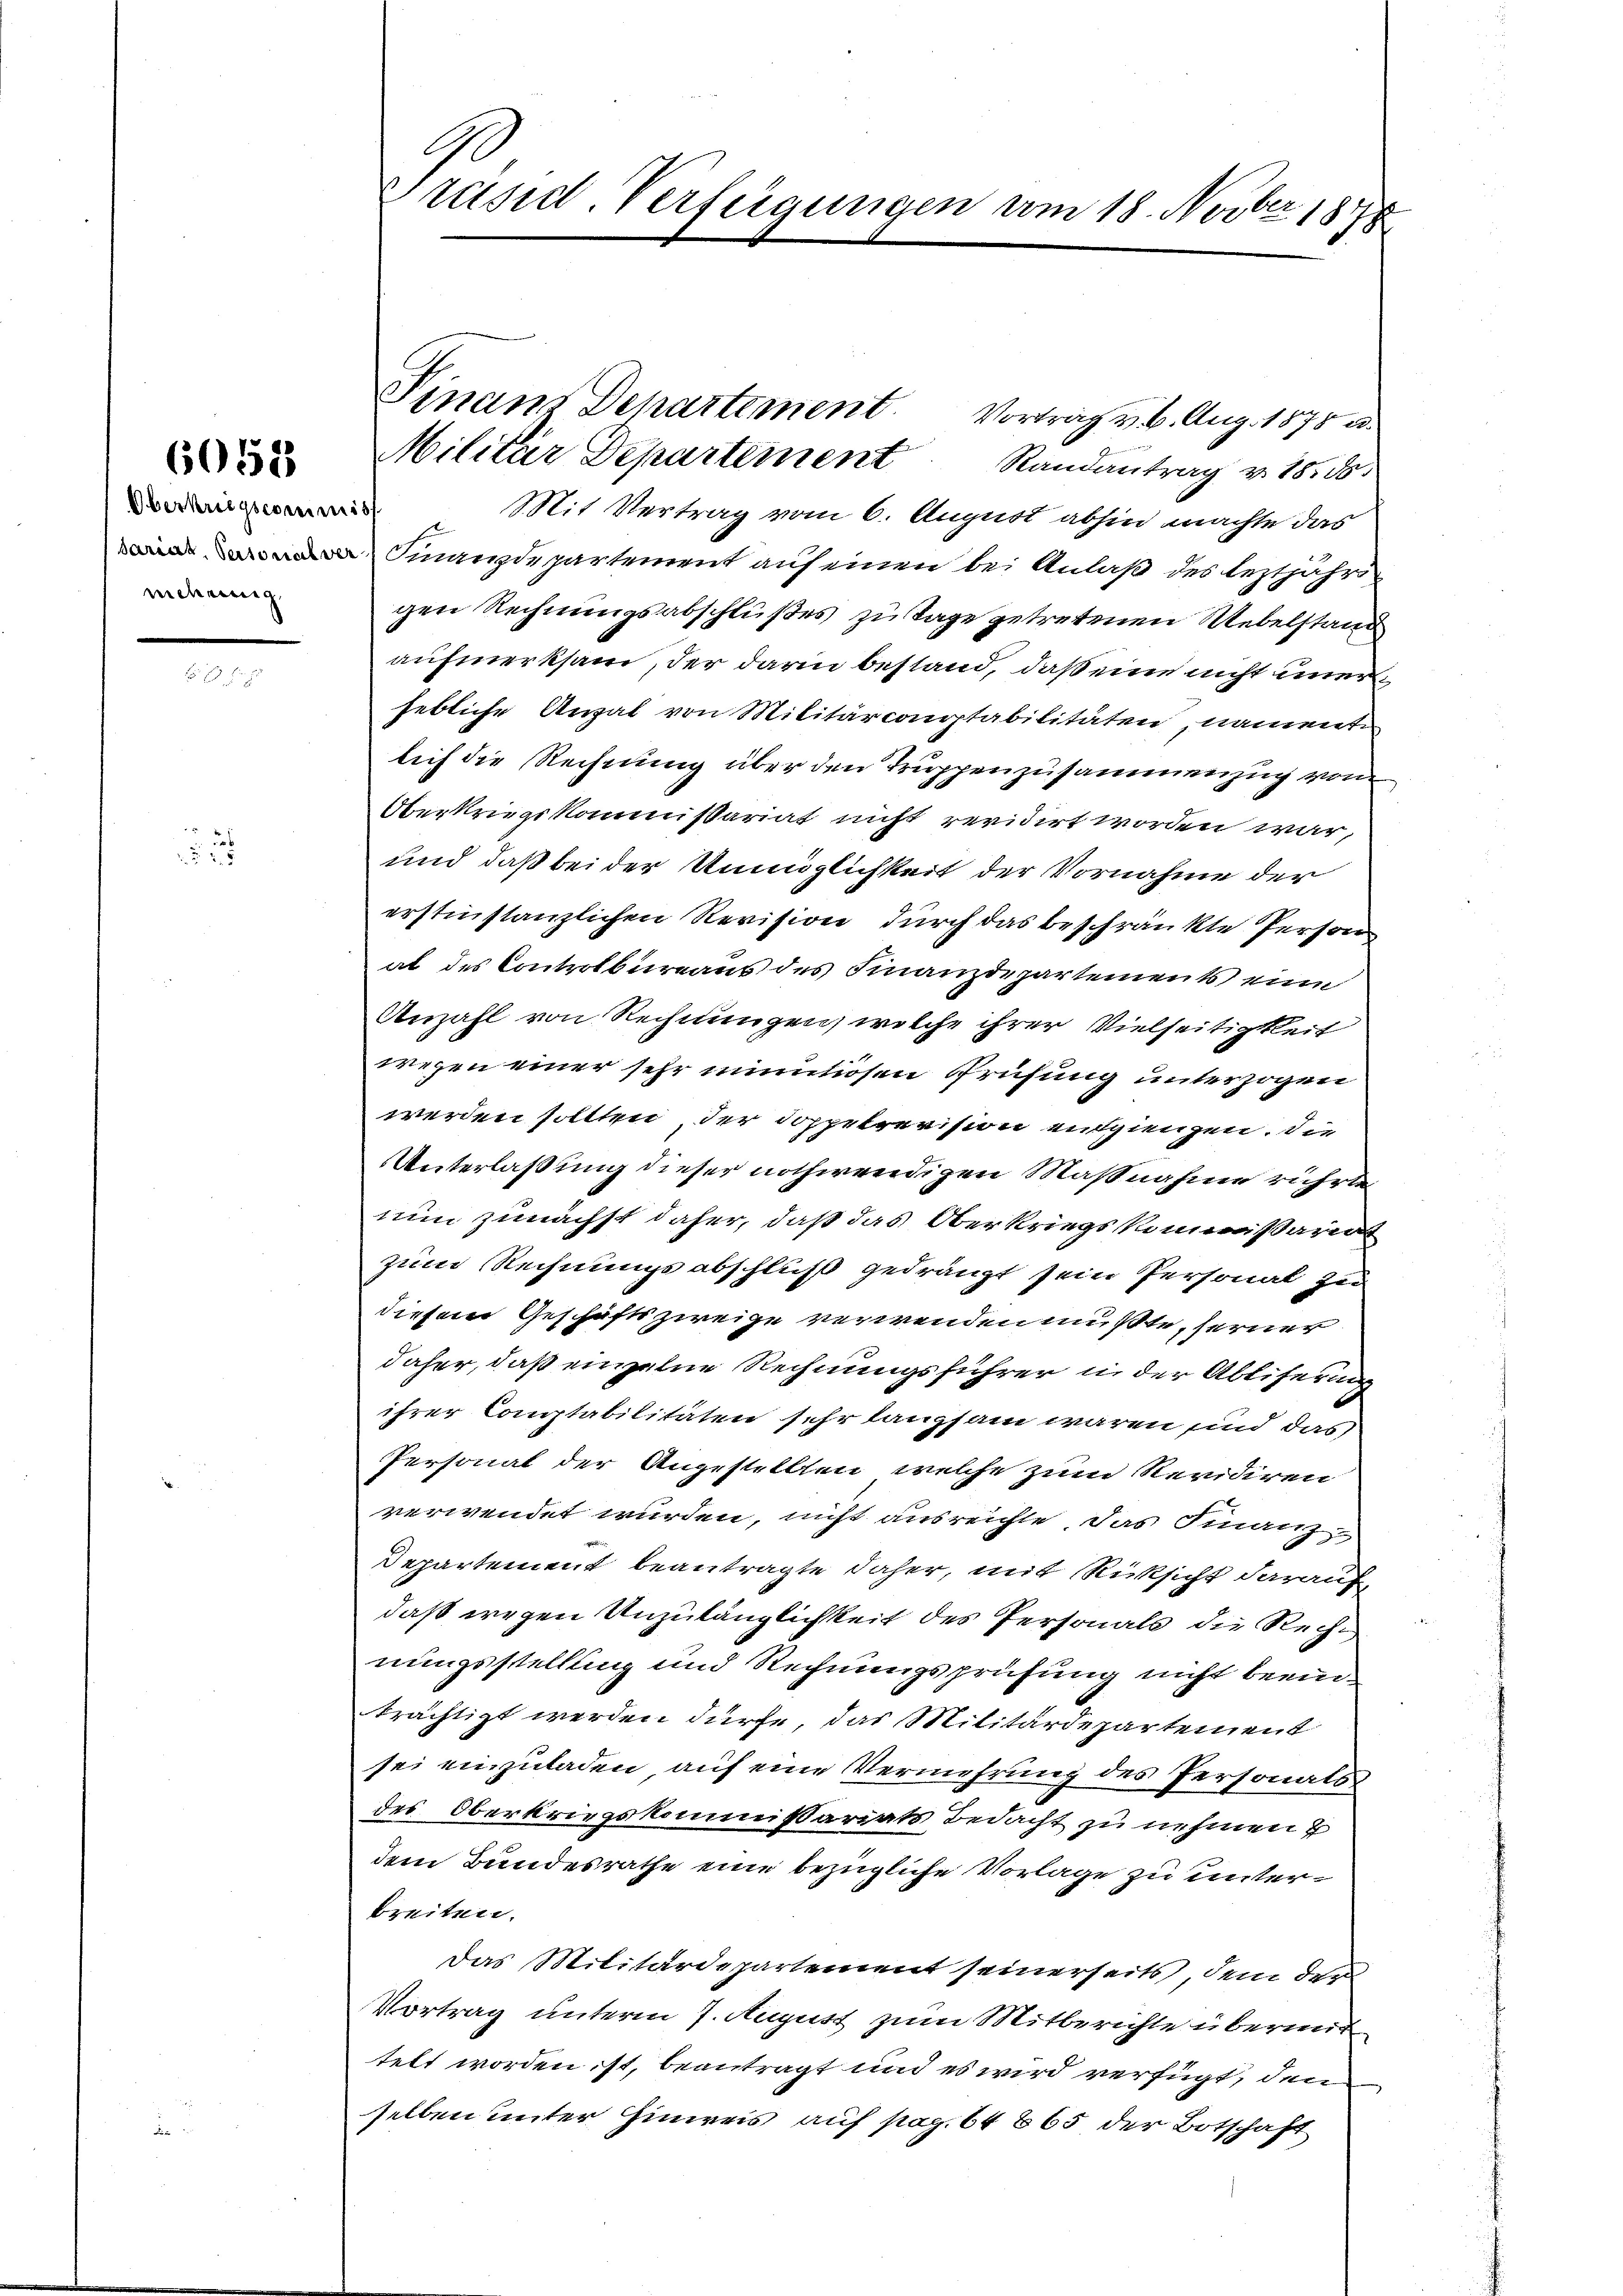
6052

Oberkriegscommiss
nncheinig

Finanz Departement. Vortrag v. 6. Aug. 1875 u.
Militär Departement Randantrag v. 18. ds.
Mit Vertrag vom 6. August abhin machte das
Finanzdepartement auf einen bei Anlaß des leztjährigen Rechnungsabschlußes zu Tage getretenen Webelstand
aufmerksam, der darin bestand, daß eine nicht unerhebliche Anzal von Militärcomptabilitäten, namente
lich die Rechnung über den Truppenzusammenzug vom
Oberkriegskommissariat nicht revidirt worden war,
und daß bei der Unmöglichkeit der Vornahme der
erstinstanzlichen Revision durch das beschränkte Person
al des Controlbureaus des Finanzdepartements eine
Anzahl von Rechnungen, welche ihrer Vielseitigkeit
wegen einer sehr minutiosen Prüfung unterzogen
werden sollten, der Doppelrevision entgiengen. Die
Unterlaßung dieser nothwendigen Maßnahme rührte
nun zunächst daher, daß das Oberkriegs Kommißariat
zum Rechnungsabschluß gedrängt sein Personal zu
diesem Geschäftszweige verwenden mußte, ferner
daher, daß einzelne Rechnungsführer in der Abliserung
ihrer Comptabilitäten sehr lanzsam waren sind das
Personal der Angestellten, welche zum Revidiren
verwendet wurden, nicht ausreichte, das Finanz-
Departement beantragte daher, mit Rücksicht darauf,
daß wegen Unzulänglichkeit des Personals die Recht
nungsstellung und Rechnungsprüfung nicht beeinträchtigt werden dürfe, das Militärdepartement
sei einzuladen, auf eine Vermehrung des Personals
des Oberkriegskommißariats Bedacht zu nehmen u
dem Bundesrathe eine bezügliche Vorlage zu unterbreiten.
Das Militärdepartement seinerseits, dem der
Vortrag unterm 7. August zum Mitberichte übermit
telt worden ist, beantragt und es wird verfügt, den
selben unter Hinweis auf pag. 64865 der Botschaft

Präsid. Verfügungen vom 18. Novber 1878